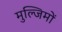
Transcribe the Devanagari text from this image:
मुल्जिमों